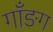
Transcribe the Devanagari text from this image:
गाँङग